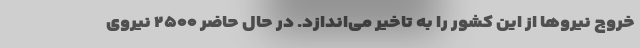
خروج نیروها از این کشور را به تاخیر می‌اندازد. در حال حاضر ۲۵۰۰ نیروی